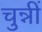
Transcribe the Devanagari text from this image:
चुन्नीं